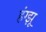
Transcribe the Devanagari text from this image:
हंग्झू